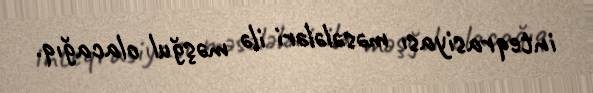
inteqrasiyası məsələləri ilə məşğul olacağıq.